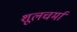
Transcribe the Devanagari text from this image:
शूलचर्मां